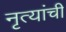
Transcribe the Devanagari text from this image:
नृत्यांची